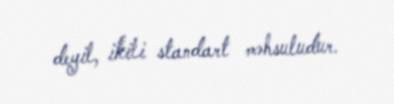
deyil, ikili standart məhsuludur.